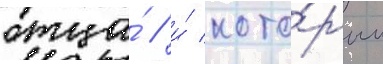
отца́ / и́ кото́рым